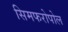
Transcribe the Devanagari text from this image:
सिमफरोपोल